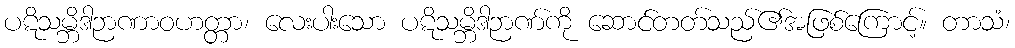
ပဋိသမ္ဘိဒါဉာဏာဝဟတ္တာ၊ လေးပါးသော ပဋိသမ္ဘိဒါဉာဏ်ကို ဆောင်တတ်သည်၏အဖြစ်ကြောင့်။ တာသံ၊